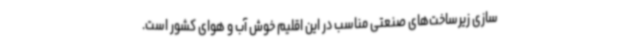
سازی زیرساخت‌های صنعتی مناسب در این اقلیم خوش آب و هوای کشور است.